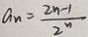
a _ { n } = \frac { 2 n - 1 } { 2 ^ { n } }